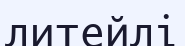
литейлі